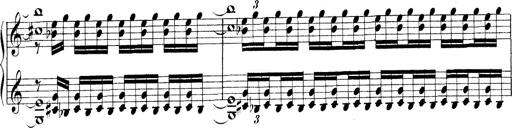
Title: Technische Studien
Composer: Franz Liszt